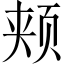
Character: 颊